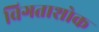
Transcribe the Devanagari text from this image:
विगताशोक